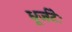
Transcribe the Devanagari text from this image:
धूर्जटेः